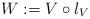
LaTeX: \begin{align*}W:=V\circ\l_V\end{align*}